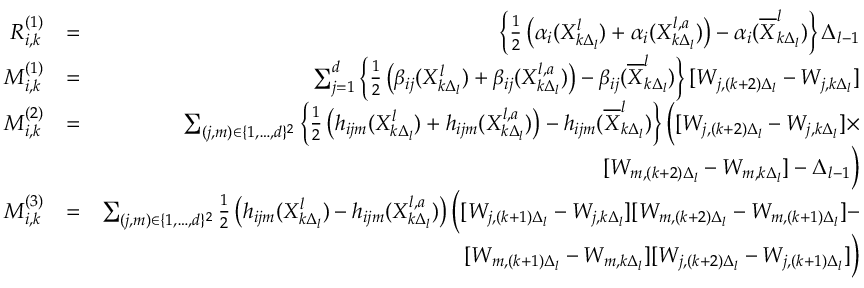
\begin{array} { r l r } { R _ { i , k } ^ { ( 1 ) } } & { = } & { \left\{ \frac { 1 } { 2 } \left( \alpha _ { i } ( X _ { k \Delta _ { l } } ^ { l } ) + \alpha _ { i } ( X _ { k \Delta _ { l } } ^ { l , a } ) \right) - \alpha _ { i } ( \overline { { X } } _ { k \Delta _ { l } } ^ { l } ) \right\} \Delta _ { l - 1 } } \\ { M _ { i , k } ^ { ( 1 ) } } & { = } & { \sum _ { j = 1 } ^ { d } \left\{ \frac { 1 } { 2 } \left( \beta _ { i j } ( X _ { k \Delta _ { l } } ^ { l } ) + \beta _ { i j } ( X _ { k \Delta _ { l } } ^ { l , a } ) \right) - \beta _ { i j } ( \overline { { X } } _ { k \Delta _ { l } } ^ { l } ) \right\} [ W _ { j , ( k + 2 ) \Delta _ { l } } - W _ { j , k \Delta _ { l } } ] } \\ { M _ { i , k } ^ { ( 2 ) } } & { = } & { \sum _ { ( j , m ) \in \{ 1 , \dots , d \} ^ { 2 } } \left\{ \frac { 1 } { 2 } \left( h _ { i j m } ( X _ { k \Delta _ { l } } ^ { l } ) + h _ { i j m } ( X _ { k \Delta _ { l } } ^ { l , a } ) \right) - h _ { i j m } ( \overline { { X } } _ { k \Delta _ { l } } ^ { l } ) \right\} \Big ( [ W _ { j , ( k + 2 ) \Delta _ { l } } - W _ { j , k \Delta _ { l } } ] \times } \\ & { } & { [ W _ { m , ( k + 2 ) \Delta _ { l } } - W _ { m , k \Delta _ { l } } ] - \Delta _ { l - 1 } \Big ) } \\ { M _ { i , k } ^ { ( 3 ) } } & { = } & { \sum _ { ( j , m ) \in \{ 1 , \dots , d \} ^ { 2 } } \frac { 1 } { 2 } \left( h _ { i j m } ( X _ { k \Delta _ { l } } ^ { l } ) - h _ { i j m } ( X _ { k \Delta _ { l } } ^ { l , a } ) \right) \Big ( [ W _ { j , ( k + 1 ) \Delta _ { l } } - W _ { j , k \Delta _ { l } } ] [ W _ { m , ( k + 2 ) \Delta _ { l } } - W _ { m , ( k + 1 ) \Delta _ { l } } ] - } \\ & { } & { [ W _ { m , ( k + 1 ) \Delta _ { l } } - W _ { m , k \Delta _ { l } } ] [ W _ { j , ( k + 2 ) \Delta _ { l } } - W _ { j , ( k + 1 ) \Delta _ { l } } ] \Big ) } \end{array}